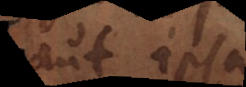
in ipsa